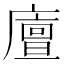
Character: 𢋃